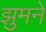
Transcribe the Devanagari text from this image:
झुमने